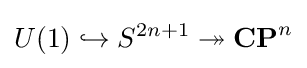
U(1)\hookrightarrow S^{2n+1}\twoheadrightarrow \mathbf {CP} ^{n}